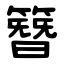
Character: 簪